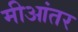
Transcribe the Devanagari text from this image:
मीआंतर